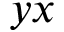
y x